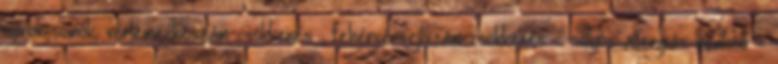
nyirokcsomók, vérlemezkeszám-csökkenés , fehérvérsejtszám-csökkenés - súlyos allergiás reakció -